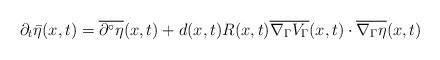
LaTeX: \begin{align*} \partial_t\bar{\eta}(x,t) = \overline{\partial^\circ\eta}(x,t)+d(x,t)R(x,t)\overline{\nabla_\Gamma V_\Gamma}(x,t)\cdot\overline{\nabla_\Gamma\eta}(x,t) \end{align*}